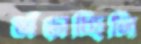
ভাঁড়াচ্ছিলি